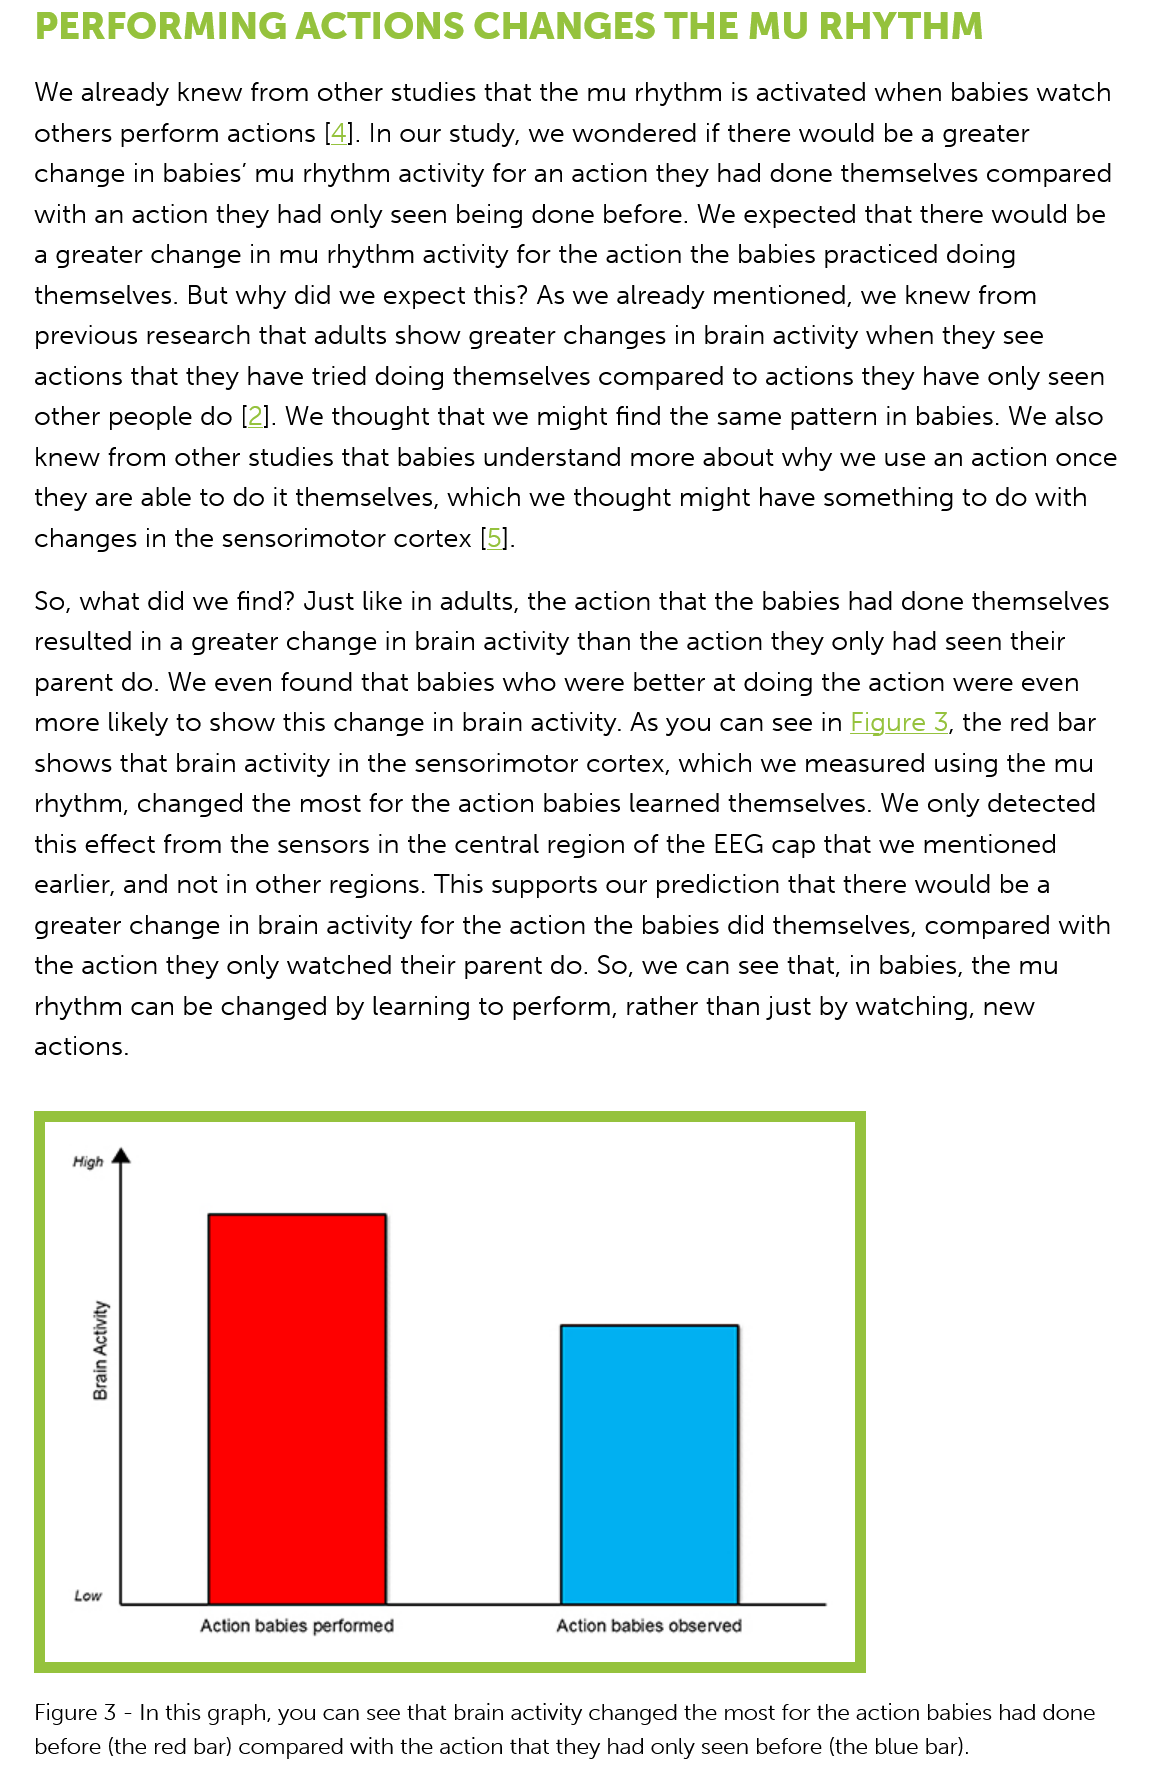
PERFORMING    ACTIONS    CHANGES    THE    MU    RHYTHM
   So, what did we find? Just like in adults, the action that the babies had done themselves
   resulted in a greater change in brain activity than the action they only had seen their
   parent do. We  even found  that babies who were better at doing the action were even
   more likely to show this change in brain activity. As you can see in Figure
     3,
     the red bar
   shows that brain activity in the sensorimotor cortex, which we measured  using the mu
   rhythm,  changed  the most for the action babies learned themselves. We only detected
   this effect from the sensors in the central region of the EEG cap that we mentioned
   earlier, and not in other regions. This supports our prediction that there would be a
   greater change in brain activity for the action the babies did themselves, compared with
   the action they only watched  their parent do. So, we can see that, in babies, the mu
   rhythm  can be changed   by learning to perform, rather than just by watching, new
   actions.
   We  already knew  from other studies that the mu rhythm  is activated when babies watch
   others perform  actions [4]. In our study, we wondered if there would be a greater
   change in  babies’ mu rhythm  activity for an action they had done themselves compared
   with an action they had only seen being done  before. We  expected that there would be
   a greater change  in mu rhythm  activity for the action the babies practiced doing
   themselves.  But why did we expect  this? As we already mentioned, we  knew  from
   previous research that adults show greater changes in brain activity when they see
   actions that they have tried doing themselves compared to  actions they have only seen
   other people  do [2]. We thought that we might find the same pattern in babies. We also
   knew  from  other studies that babies understand more about  why we use  an action once
   they are able to do it themselves, which we thought might  have something  to do with
   changes in  the sensorimotor cortex [5].
     Aoy
     weg
     Low
     Action babies performed    Action babies observed
   Figure 3
     -
     In this graph, you can see that brain activity changed the most for the action babies had done
   before (the red bar) compared with the action that they had only seen before (the blue bar).